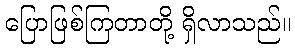
ပြောဖြစ်ကြတာတို့ ရှိလာသည်။